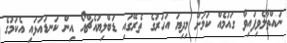
ނައްތާލެވިފައިވާ ގައުމެއް ކަމަށް މިދިޔަ އަހަރުގެ ތެރޭގައި ޑަބްލިޔުއެޗްއޯ އިން ކަނޑައަޅައި އެކަމުގެ